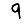
Digit: 9